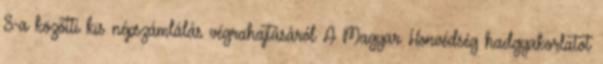
8-a közötti kis népszámlálás végrahajtásáról A Magyar Honvédség hadgyakorlatot